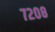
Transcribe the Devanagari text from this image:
७२०८